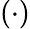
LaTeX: (\cdot)